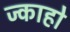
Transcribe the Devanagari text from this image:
ज्काहो